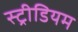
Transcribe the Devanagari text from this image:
स्ट्रीडियम